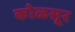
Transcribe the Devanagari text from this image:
कोळसूर